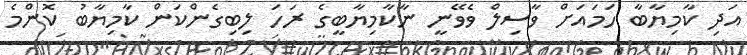
އަދި ކާމިޔާބާ ހަމައަށް ވާސިލް ވެވޭނީ ނާކާމިޔާބީގެ ރަހަ ލިބިގެންކަން ކާމިޔާބު ކޮންމެ